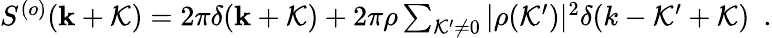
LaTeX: \begin{array}{r}{S^{(o)}({\mathbf k}+{\cal K})=2\pi\delta({\mathbf k}+{\cal K})+2\pi\rho\sum_{{\cal K}^{\prime}\neq 0}|\rho({\cal K}^{\prime})|^{2}\delta(k-{\cal K}^{\prime}+{\cal K})~~.}\end{array}